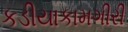
કડીયાકામગીરી